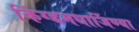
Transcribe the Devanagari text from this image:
किंग्डमधार्जिण्या